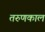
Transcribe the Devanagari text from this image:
तरुणकाल